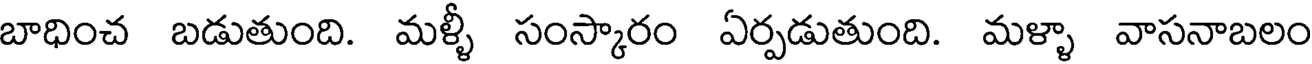
బాధించ బడుతుంది. మళ్ళీ సంస్కారం ఏర్పడుతుంది. మళ్ళా వాసనాబలం